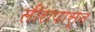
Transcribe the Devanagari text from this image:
तीरापासून